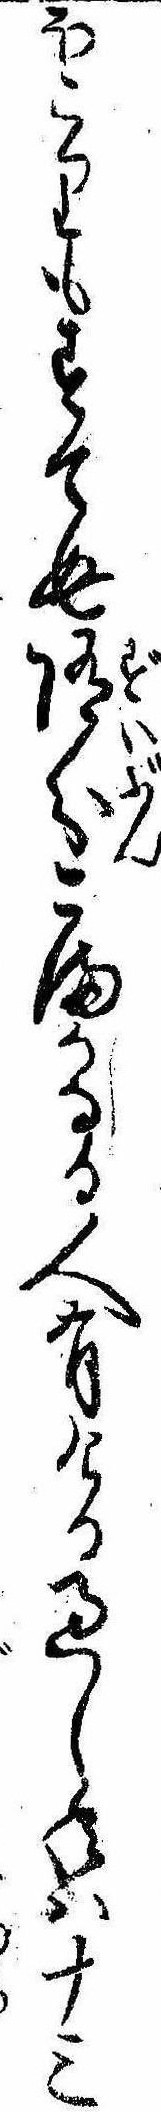
ほこりもすてぬ随分こまかなる人有ける過し年は十三